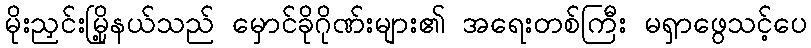
မိုးညှင်းမြို့နယ်သည် မှောင်ခိုဂိုဏ်းများ၏ အရေးတစ်ကြီး မရှာဖွေသင့်ပေ